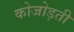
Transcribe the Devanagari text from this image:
कोजोड़ती